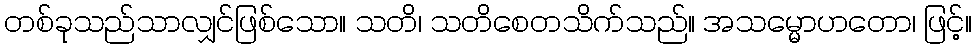
တစ်ခုသည်သာလျှင်ဖြစ်သော။ သတိ၊ သတိစေတသိက်သည်။ အသမ္မောဟတော၊ ဖြင့်။